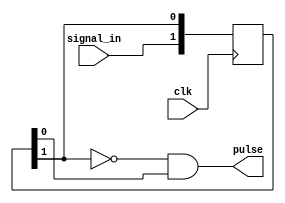
module pos_edge_detect (
    input clk,

    input signal_in,
    output  pulse
);

  reg[1:0] temp;

  initial begin
    temp = 2'b 00;
  end

  always @(posedge clk) begin

    temp[0] <= temp[1];
    temp[1] <= signal_in;

  end

  assign pulse = (!temp[1]) & (temp[0]);

endmodule